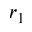
r _ { 1 }